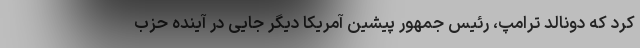
کرد که دونالد ترامپ، رئیس جمهور پیشین آمریکا دیگر جایی در آینده حزب